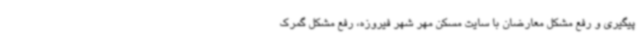
پیگیری و رفع مشکل معارضان با سایت مسکن مهر شهر فیروزه، رفع مشکل گمرک